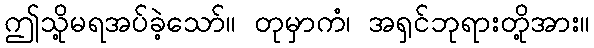
ဤသို့မရအပ်ခဲ့သော်။ တုမှာကံ၊ အရှင်ဘုရားတို့အား။